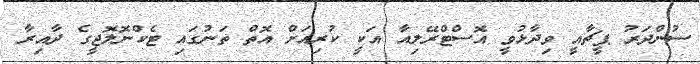
ސުންދަރު ޕީޗާއީ ވިދާޅުވީ އޮސްޓްރޭލިއާ އަކީ ކުރިއަށް އޮތް ތަނުގައި ޓެކްނޮލޮޖީގެ ދާއިރާ